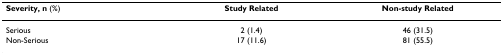
| Severity, n (%) | Study Related | Non-study Related |
 | --- | --- | --- |
 | Serious | 2 (1.4) | 46 (31.5) |
 | Non-Serious | 17 (11.6) | 81 (55.5) |